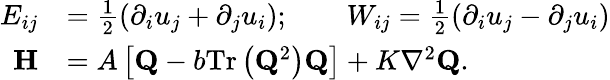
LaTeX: \begin{array}{rl}{E_{ij}}&{=\frac{1}{2}\left(\partial_{i}u_{j}+\partial_{j}u_{i}\right);\qquad W_{ij}=\frac{1}{2}\left(\partial_{i}u_{j}-\partial_{j}u_{i}\right)}\\ {\mathbf{H}}&{=A\left[\mathbf{Q}\mathbin{-}b\mathrm{Tr}\left(\mathbf{Q}^{2}\right)\mathbf{Q}\right]\mathbin{+}K\nabla^{2}\mathbf{Q}.}\end{array}